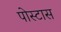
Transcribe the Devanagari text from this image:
पोस्टास